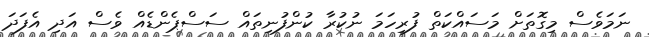
ނަމަވެސް މިގޮތަށް މަސައްކަތް ފުރިހަމަ ނުކުރާ ކުންފުނިތައް ސަސްޕެންޑެއް ވެސް އަދި އެފަދަ